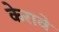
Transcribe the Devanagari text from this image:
केरावे